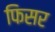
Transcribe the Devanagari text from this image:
फिसर